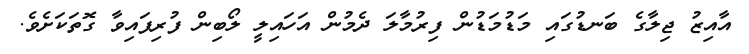
އާއިޒު ޖިލާގެ ބަނޑުގައި މަޑުމަޑުން ފިރުމާލަ ދެމުން އަހައިލީ ލޯބިން ފުރިފައިވާ ގޮތަކަށެވެ.